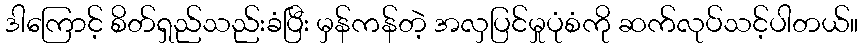
ဒါကြောင့် စိတ်ရှည်သည်းခံပြီး မှန်ကန်တဲ့ အလှပြင်မှုပုံစံကို ဆက်လုပ်သင့်ပါတယ်။